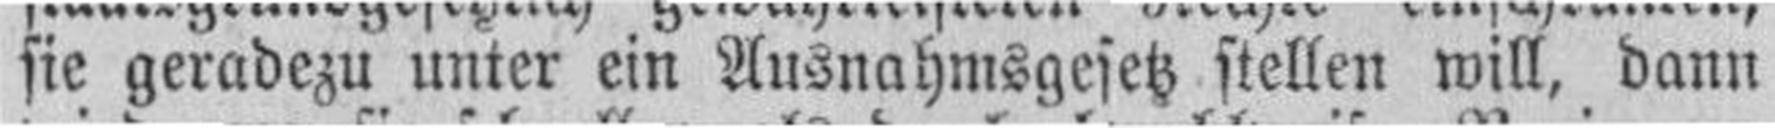
sie geradezu unter ein Ausnahmsgesetz stellen will, dann